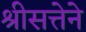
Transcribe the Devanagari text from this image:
श्रीसत्तेने